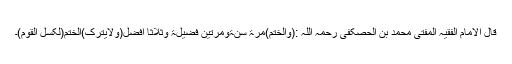
قَالَ الْاِمَامُ الْفَقِیْہُ الْمُفْتِیُّ مُحَمَّدُ بْنُ الْحَصْکَفِیُّ رَحِمَہُ اللّٰہِ :(وَالْخَتْمُ)مَرَّۃً سُنَّۃٌوَمَرَّتَیْنِ فَضِیْلَۃٌ وَثَلَاثًا اَفْضَلُ(وَلَایُتْرَکُ)الْخَتَمُ(لِکَسْلِ الْقَوْمِ)۔